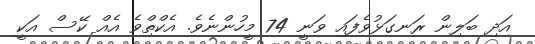
އަދި ބަލިން ރަނގަޅުވެފައި ވަނީ 74 މީހުންނެވެ. އެކްތްިވެ އެއް ކޭސް އަކީ